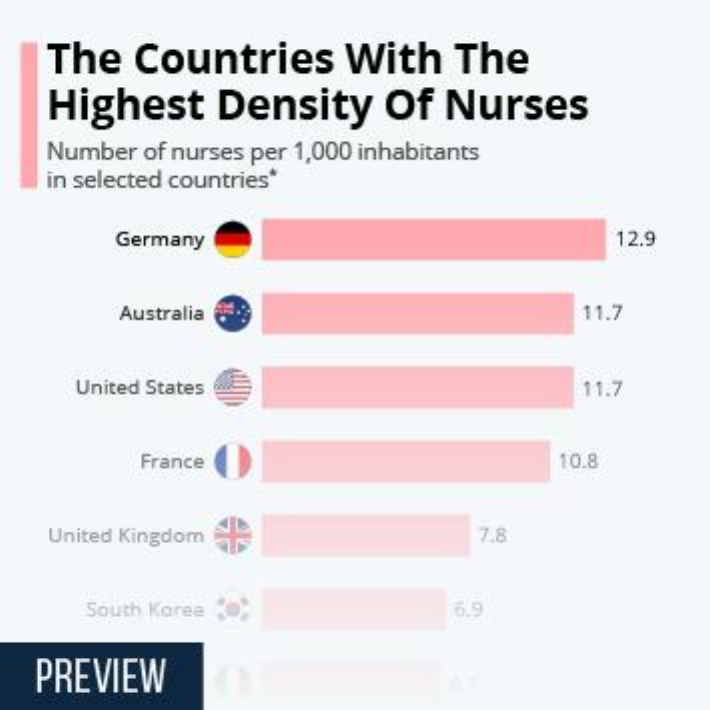
The   Countries    With    The
    Highest    Density    Of   Nurses
    Number of nurses per 1,000 inhabitants
    in selected countries*
     Germany    12.9
     Australia    11.7
     United States    11.7
     France    10.8
    United Kingdom    7.8
     South Korea    6.9
   PREVIEW